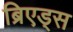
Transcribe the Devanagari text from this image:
ब्रिएड्स